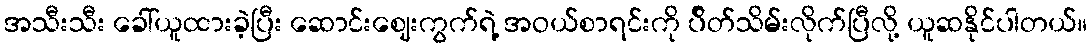
အသီးသီး ခေါ်ယူထားခဲ့ပြီး ဆောင်းဈေးကွက်ရဲ့ အဝယ်စာရင်းကို ပ်ိတ်သိမ်းလိုက်ပြီလို့ ယူဆနိုင်ပါတယ်။